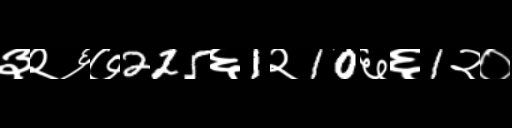
Text: ३२६७225६1२10६६1२०